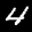
Label: 4